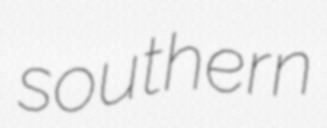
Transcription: southern